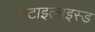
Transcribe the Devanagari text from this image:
स्टाइलाइस्ड